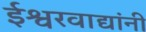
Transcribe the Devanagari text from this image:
ईश्वरवाद्यांनी